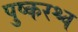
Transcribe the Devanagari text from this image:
पुष्करश्च